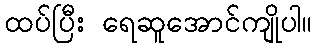
ထပ်ပြီး ရေဆူအောင်ကျိုပါ။